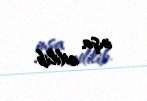
inşa edilib.